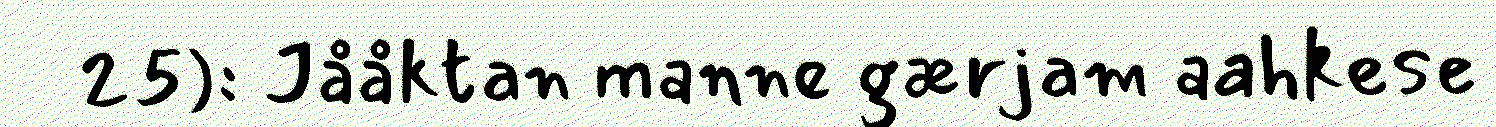
25): Jååktan manne gærjam aahkese